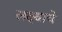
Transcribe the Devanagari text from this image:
लक्ष्याचे